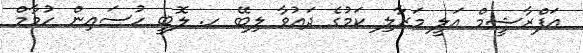
އަފްރާޝީމް އަލީ މަރާލި ކަމުގެ ދައުވާ ލިބޭ ހ. ލޮބީ ހުސައިން ހުމާމް